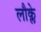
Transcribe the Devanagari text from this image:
लौक्ले